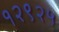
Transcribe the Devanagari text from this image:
१२९२५